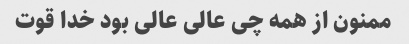
ممنون از همه چی عالی عالی بود خدا قوت